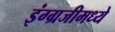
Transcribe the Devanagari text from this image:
इंग्ग्रजीमध्ये